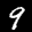
Label: 9